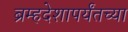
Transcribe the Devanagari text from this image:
ब्रम्हदेशापर्यंतच्या